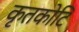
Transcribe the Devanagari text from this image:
कृतकोटि